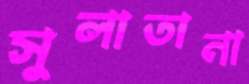
সুলাতানা